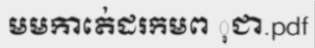
មមកាតេ់ដរកមព ុជា.pdf